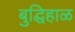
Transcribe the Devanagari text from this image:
बुद्घिहाळ